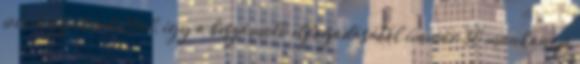
piaci gyakorlattal, így a beszámoló elfogadásától immár 30 munkanap